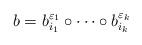
LaTeX: \begin{align*} b=b_{i_1}^{\varepsilon_1}\circ\cdots\circ b_{i_k}^{\varepsilon_k}\end{align*}